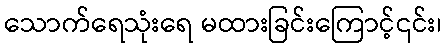
သောက်ရေသုံးရေ မထားခြင်းကြောင့်၎င်း၊